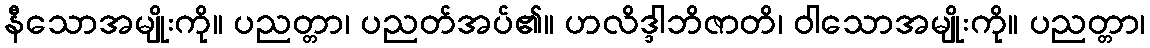
နီသောအမျိုးကို။ ပညတ္တာ၊ ပညတ်အပ်၏။ ဟလိဒ္ဒါဘိဇာတိ၊ ဝါသောအမျိုးကို။ ပညတ္တာ၊